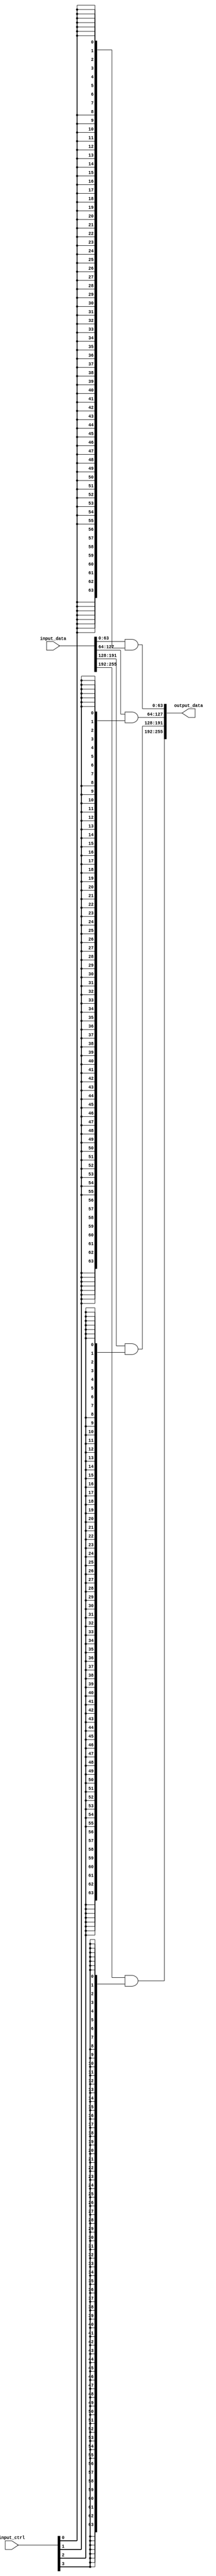
module my_mask #(
    parameter DATA_WIDTH = 64,
    parameter CTRL_WIDTH = 4
)(
    input  [DATA_WIDTH*CTRL_WIDTH -1:0] input_data,
    input  [CTRL_WIDTH            -1:0] input_ctrl,
    output [DATA_WIDTH*CTRL_WIDTH -1:0] output_data
);

//*******************************************************************
// logic to implement mux function
//*******************************************************************

// generate CTRL_WIDTH and_gates and get output_data
generate
    genvar i; 
    for(i=0; i<CTRL_WIDTH; i=i+1) 
    begin: and_gates //generator name: and gates
        assign output_data [(i+1)*DATA_WIDTH -1 : i*DATA_WIDTH]
            =  input_data  [(i+1)*DATA_WIDTH -1 : i*DATA_WIDTH]
             & {DATA_WIDTH {input_ctrl[i]} };
    end
endgenerate


endmodule